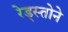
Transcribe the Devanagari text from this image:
रेड्स्तोने